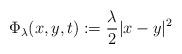
LaTeX: \begin{align*} \Phi_\lambda(x,y,t) := \frac{\lambda}{2} |x-y|^2\end{align*}